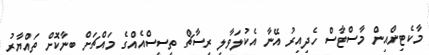
މާކެޓިންއިން މާސްޓާސް ހެދިއިރު އޭނާ އެކުލަވާލި ރިސާޗް ތީސީސްއެއްގެ މައްޗަށް ބިނާކޮށް ތައްޔާރު